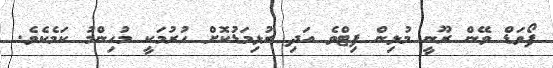
ފޯވަޑް ވޭން ރޫނީ މުޅިން ފިޓްވެ އަދި ރުޅިމަޑުކޮށް ހުރުމަކީ މުހިންމު ކަމެކެވެ.